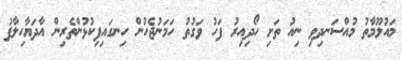
މައުލޫމާތު މުއްސަނދިވި ނިއު ތަށި ހޯދިއިރު ފަހު ވަގުތު ހަމަނުޖެހުން ހިނގައިފިކުޅުންތެރިން އާދަޔާހިލާފު